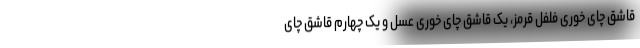
قاشق چای خوری فلفل قرمز، یک قاشق چای خوری عسل و یک چهارم قاشق چای